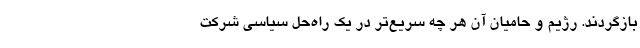
بازگردند. رژیم و حامیان آن هر چه سریع‌تر در یک راه‌حل سیاسی شرکت